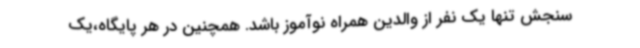
سنجش تنها یک نفر از والدین همراه نوآموز باشد. همچنین در هر پایگاه،یک